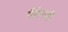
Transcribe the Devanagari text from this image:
मैक़ेन्ज़ी